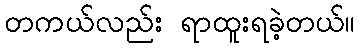
တကယ်လည်း ရာထူးရခဲ့တယ်။